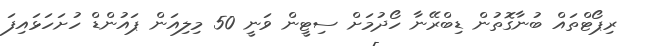
ރިޕޯޓްތައް ބުނާގޮތުން ޑިބްރޭނާ ހޯދުމަށް ސިޓީން ވަނީ 50 މިލިއަން ޕައުންޑް ހުށަހަޅައިފަ